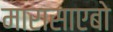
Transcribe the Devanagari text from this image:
मारासाएबो